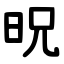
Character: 㫛